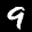
Label: 9